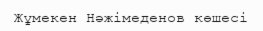
Жұмекен Нәжімеденов көшесі